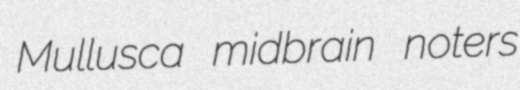
Mullusca midbrain noters